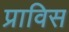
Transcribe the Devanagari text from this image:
प्राविस